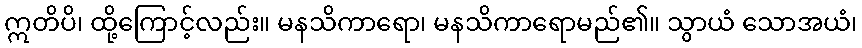
ဣတိပိ၊ ထို့ကြောင့်လည်း။ မနသိကာရော၊ မနသိကာရောမည်၏။ သွာယံ သောအယံ၊